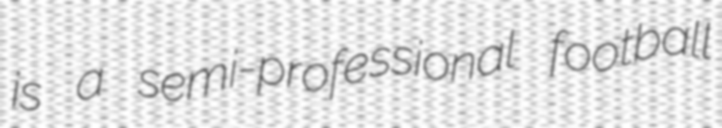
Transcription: is a semi-professional football